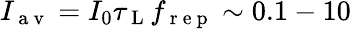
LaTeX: I_{\mathrm{~a~v~}}=I_{0}\tau_{\mathrm{~L~}}f_{\mathrm{~r~e~p~}}\sim 0.1-10